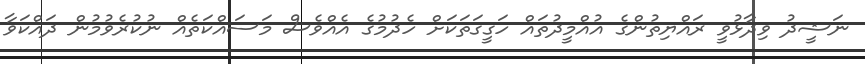
ނަޝީދު ވިދާޅުވީ ރައްޔިތުންގެ އުއްމީދުތައް ހަގީގަތަކަށް ހެދުމުގެ އެއްވެސް މަސައްކަތެއް ނުކުރެވުމުން ދައްކަވާ